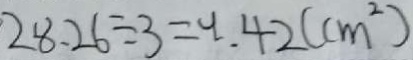
2 8 . 2 6 \div 3 = 4 . 4 2 ( c m ^ { 2 } )